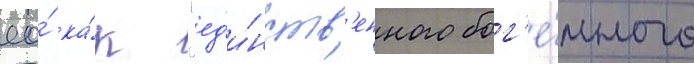
ео́ ка́к "ед'и́нств'енного бог'е́много